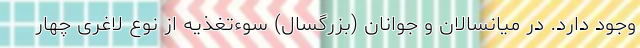
وجود دارد. در میانسالان و جوانان (بزرگسال) سوءتغذیه از نوع لاغری چهار